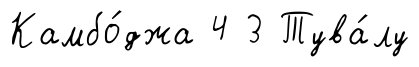
Камбо́джа 4 3 Тува́лу